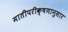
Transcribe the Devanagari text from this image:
मातीपरीक्षणानुसार